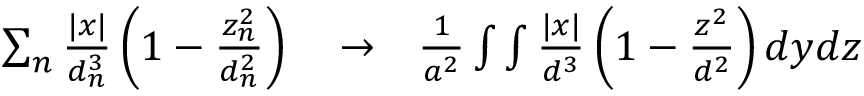
\begin{array} { r l r } { \sum _ { n } \frac { | x | } { d _ { n } ^ { 3 } } \left( 1 - \frac { z _ { n } ^ { 2 } } { d _ { n } ^ { 2 } } \right) } & { { } \to } & { \frac { 1 } { a ^ { 2 } } \int \int \frac { | x | } { d ^ { 3 } } \left( 1 - \frac { z ^ { 2 } } { d ^ { 2 } } \right) d y d z } \end{array}